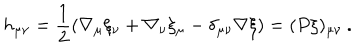
h _ { \mu \nu } = \frac { 1 } { 2 } \left( \nabla _ { \mu } \xi _ { \nu } + \nabla _ { \nu } \xi _ { \mu } - \delta _ { \mu \nu } \nabla \xi \right) = ( P \xi ) _ { \mu \nu } \: .